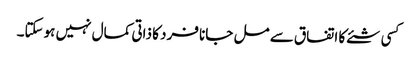
کسی شئے کا اتفاق سے مل جانا فرد کا ذاتی کمال نہیں ہوسکتا۔